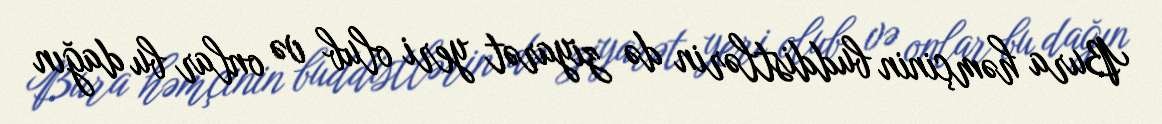
Bura həmçinin buddistlərin də ziyarət yeri olub və onlar bu dağın